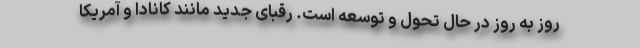
روز به روز در حال تحول و توسعه است. رقبای جدید مانند کانادا و آمریکا